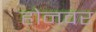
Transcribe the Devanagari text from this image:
होनवर